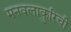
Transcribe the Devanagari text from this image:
मनवलाकुरिची